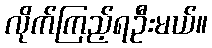
လိုက်ကြည့်ရဦးမယ်။